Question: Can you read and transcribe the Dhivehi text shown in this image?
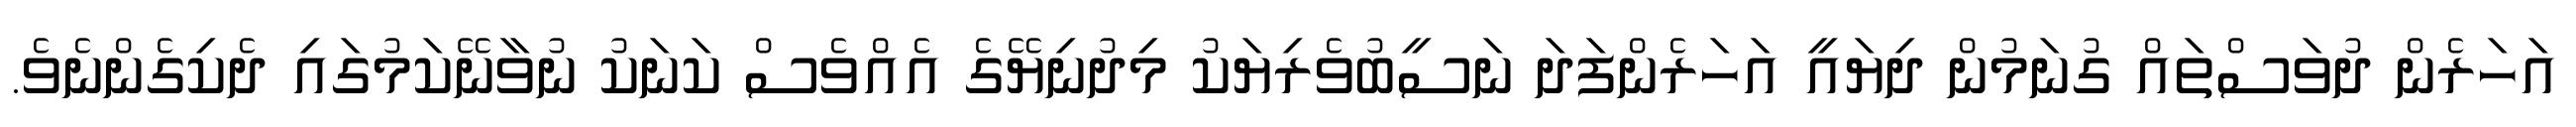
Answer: އަހަރެން ދުވަސްތައް ގުނަމުން ދިޔައީ އަހަރެންފަދަ ނަސީބުވެރިޔަކު މިދުނިޔޭގެ އެއްވެސް ކަނަކު ނުވާނޭކަމުގައި ދެކިގެންނެވެ.